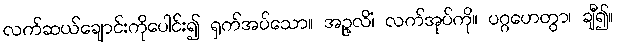
လက်ဆယ်ချောင်းကိုပေါင်း၍ ရှက်အပ်သော။ အဉ္ဇလိံ၊ လက်အုပ်ကို။ ပဂ္ဂဟေတွာ၊ ချီ၍။